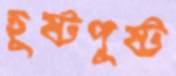
হূষ্টপুষ্ট